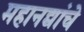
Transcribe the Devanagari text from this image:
महानद्यांचे